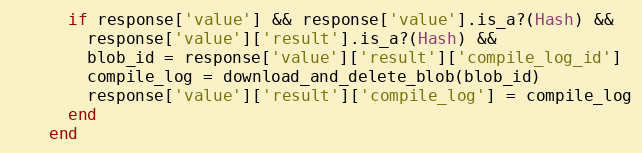
Language: Ruby
      if response['value'] && response['value'].is_a?(Hash) &&
        response['value']['result'].is_a?(Hash) &&
        blob_id = response['value']['result']['compile_log_id']
        compile_log = download_and_delete_blob(blob_id)
        response['value']['result']['compile_log'] = compile_log
      end
    end